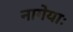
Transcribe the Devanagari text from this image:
नागेयाः